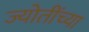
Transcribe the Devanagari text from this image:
ज्योतींच्या